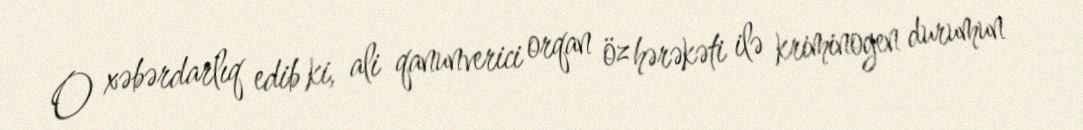
O xəbərdarlıq edib ki, ali qanunverici orqan öz hərəkəti ilə kriminogen durumun